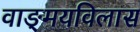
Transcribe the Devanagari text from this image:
वाङ्‌मयविलास